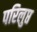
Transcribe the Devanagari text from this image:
परिलुप्त